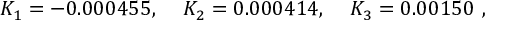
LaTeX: \begin{array} { l l l } { { K _ { 1 } = - 0 . 0 0 0 4 5 5 , \; } } & { { K _ { 2 } = 0 . 0 0 0 4 1 4 , \; } } & { { K _ { 3 } = 0 . 0 0 1 5 0 ~ , } } \end{array}